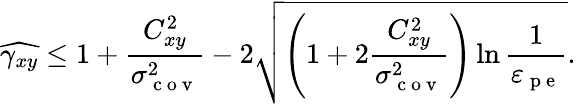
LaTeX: \widehat{\gamma_{xy}}\leq 1+\frac{C_{xy}^{2}}{\sigma_{\mathrm{~c~o~v~}}^{2}}-2\sqrt{\left(1+2\frac{C_{xy}^{2}}{\sigma_{\mathrm{~c~o~v~}}^{2}}\right)\ln\frac{1}{\varepsilon_{\mathrm{~p~e~}}}}.